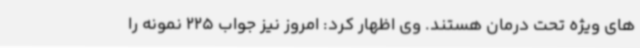
های ویژه تحت درمان هستند. وی اظهار کرد: امروز نیز جواب 225 نمونه را